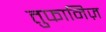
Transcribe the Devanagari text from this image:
तुफानिज़